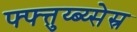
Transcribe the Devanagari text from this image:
फ्फ्त्तुय्ब्य्सेस्र